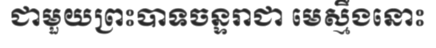
ជាមួយព្រះបាទចន្ទរាជា មេស្មឹងនោះ